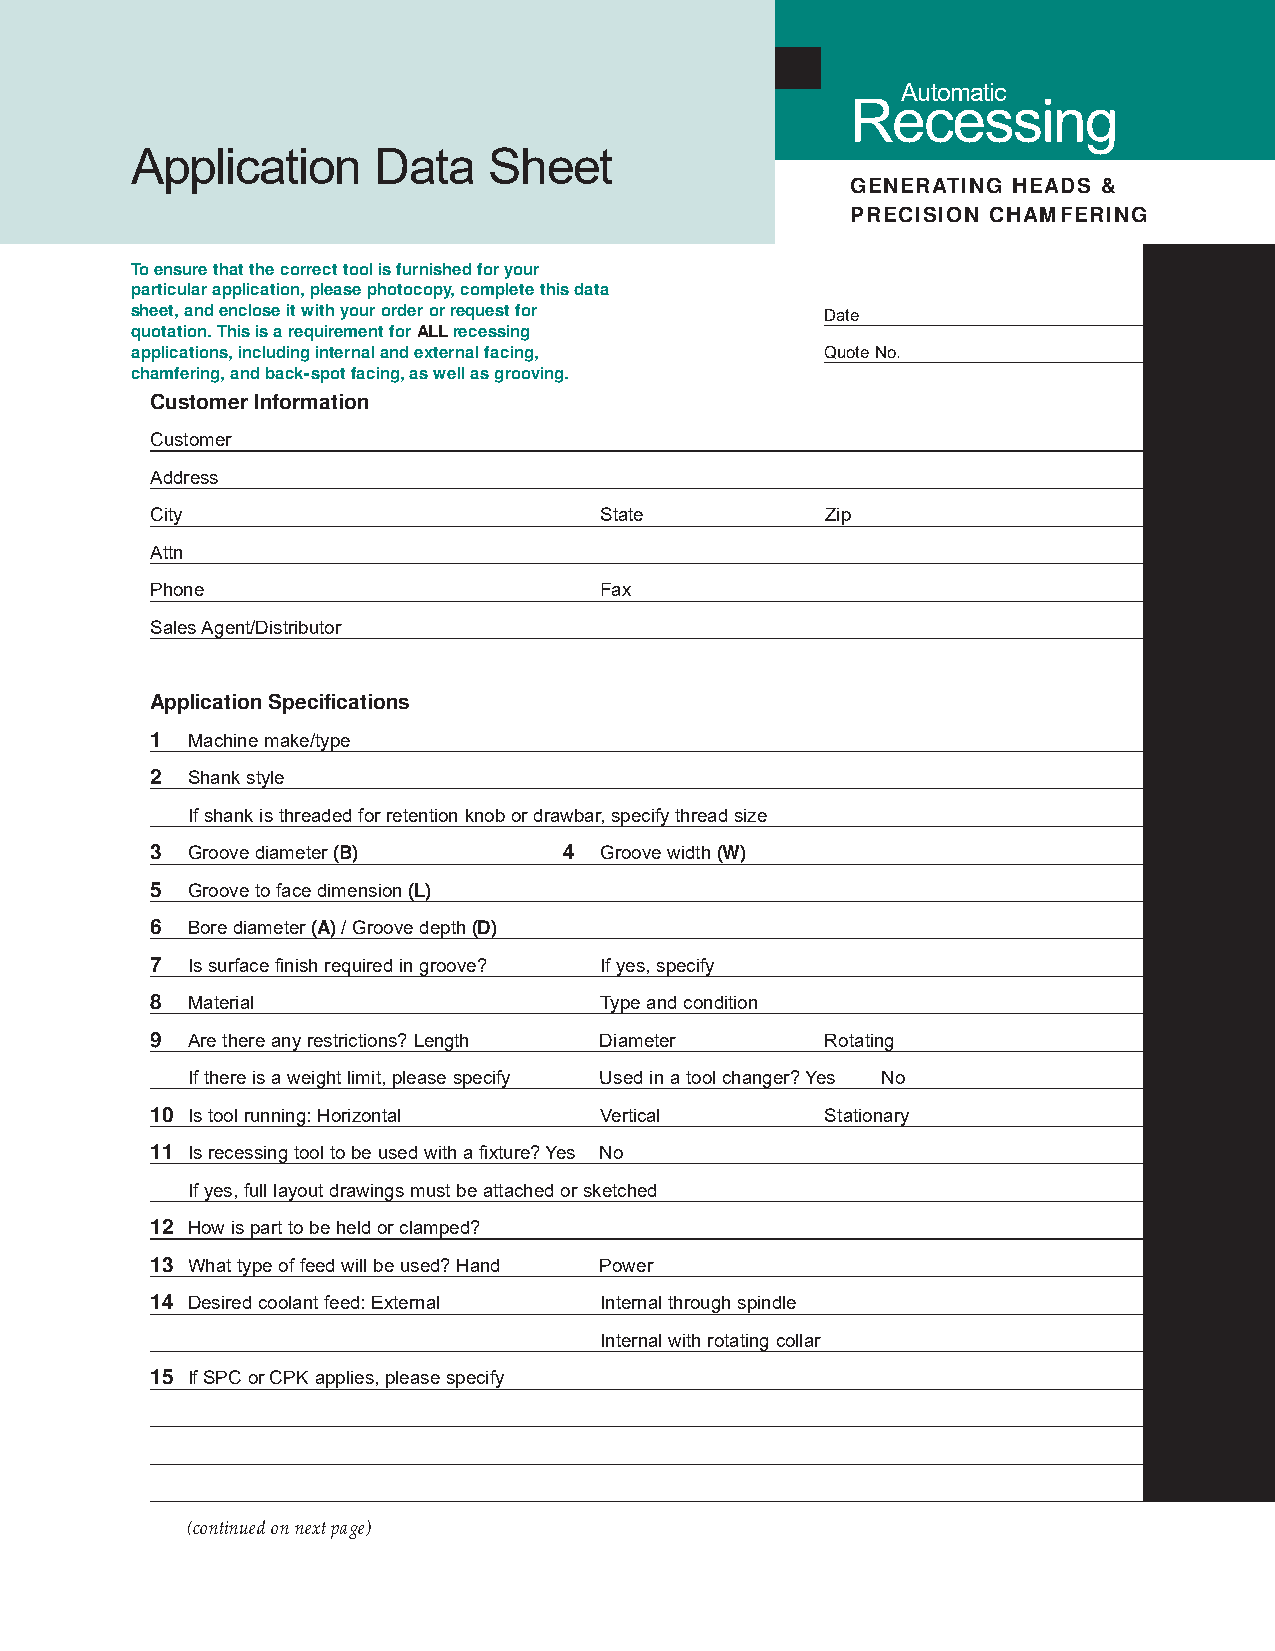
Automatic
 Recessing
 Application     Data   Sheet
 GENERATING HEADS &
 PRECISION CHAMFERING
 To ensure that the correct tool is furnished for your
 particular application, please photocopy, complete this data
 sheet, and enclose it with your order or request for
 Date
 quotation. This is a requirement for ALLrecessing
 applications, including internal and external facing, Quote No.
 chamfering, and back-spot facing, as well as grooving.
 Customer Information
 Customer
 Address
 City                          State          Zip
 Attn
 Phone                         Fax
 Sales Agent/Distributor
 Application Specifications
 1 Machine make/type
 2 Shank style
 If shank is threaded for retention knob or drawbar, specify thread size
 3 Groove diameter (B)      4  Groove width (W)
 5 Groove to face dimension (L)
 6 Bore diameter (A)/ Groove depth (D)
 7 Is surface finish required in groove? If yes, specify
 8 Material                    Type and condition
 9 Are there any restrictions? Length Diameter Rotating
 If there is a weight limit, please specify Used in a tool changer? Yes No
 10 Is tool running: Horizontal Vertical      Stationary
 11 Is recessing tool to be used with a fixture? Yes No
 If yes, full layout drawings must be attached or sketched
 12 How is part to be held or clamped?
 13 What type of feed will be used? Hand Power
 14 Desired coolant feed: External Internal through spindle
 Internal with rotating collar
 15 If SPC or CPK applies, please specify
 (continued on next page)